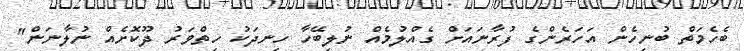
ބެހެމަތް ބުނިހެން އަހަރެންގެ ފުރާނައަށް ގެއްލުމެއް ނުލިބޭހާ ހިނދަކު ހިތްވަރު ދޫކޮށެއް ނުލާނަން"